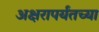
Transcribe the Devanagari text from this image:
अक्षरापर्यंतच्या